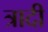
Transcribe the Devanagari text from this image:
त्रादी